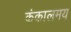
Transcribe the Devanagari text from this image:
कंकालमय